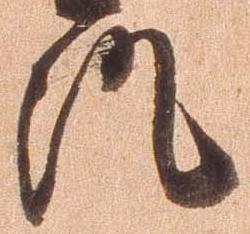
澄